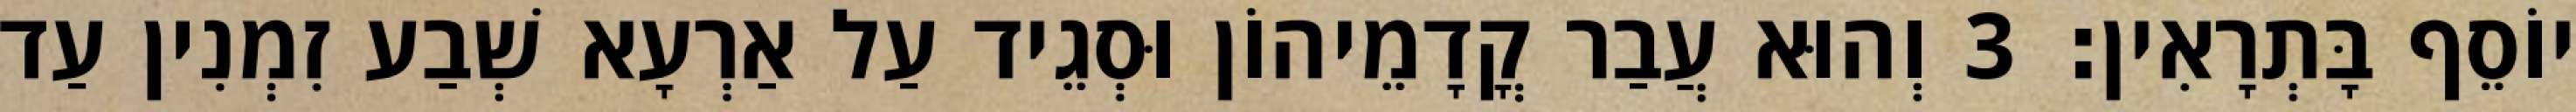
יוֹסֵף בָּתְרָאִין׃ 3 וְהוּא עֲבַר קֳדָמֵיהוֹן וּסְגֵיד עַל אַרְעָא שְׁבַע זִמְנִין עַד